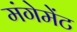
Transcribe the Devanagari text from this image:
मंगेमेंट